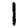
Digit: 1